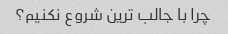
چرا با جالب ترین شروع نکنیم؟